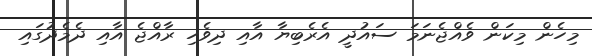
މިހެން މިކަން ވެއްޖެނަމަ ސައުދީ އެރެބިޔާ އާއި ދިވެހި ރާއްޖެ އާއި ދެމެދުގައި